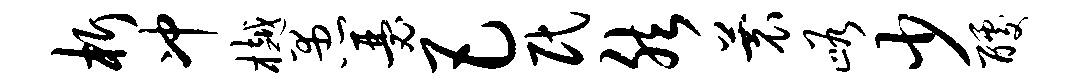
析冲樾愚瑟巴民然蓑峪少醵